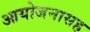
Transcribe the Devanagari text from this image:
आयोजनासह